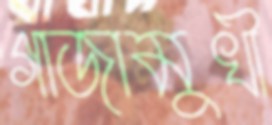
গাজামুখী